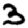
Digit: 3